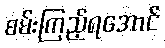
စမ်းကြည့်ရအောင်